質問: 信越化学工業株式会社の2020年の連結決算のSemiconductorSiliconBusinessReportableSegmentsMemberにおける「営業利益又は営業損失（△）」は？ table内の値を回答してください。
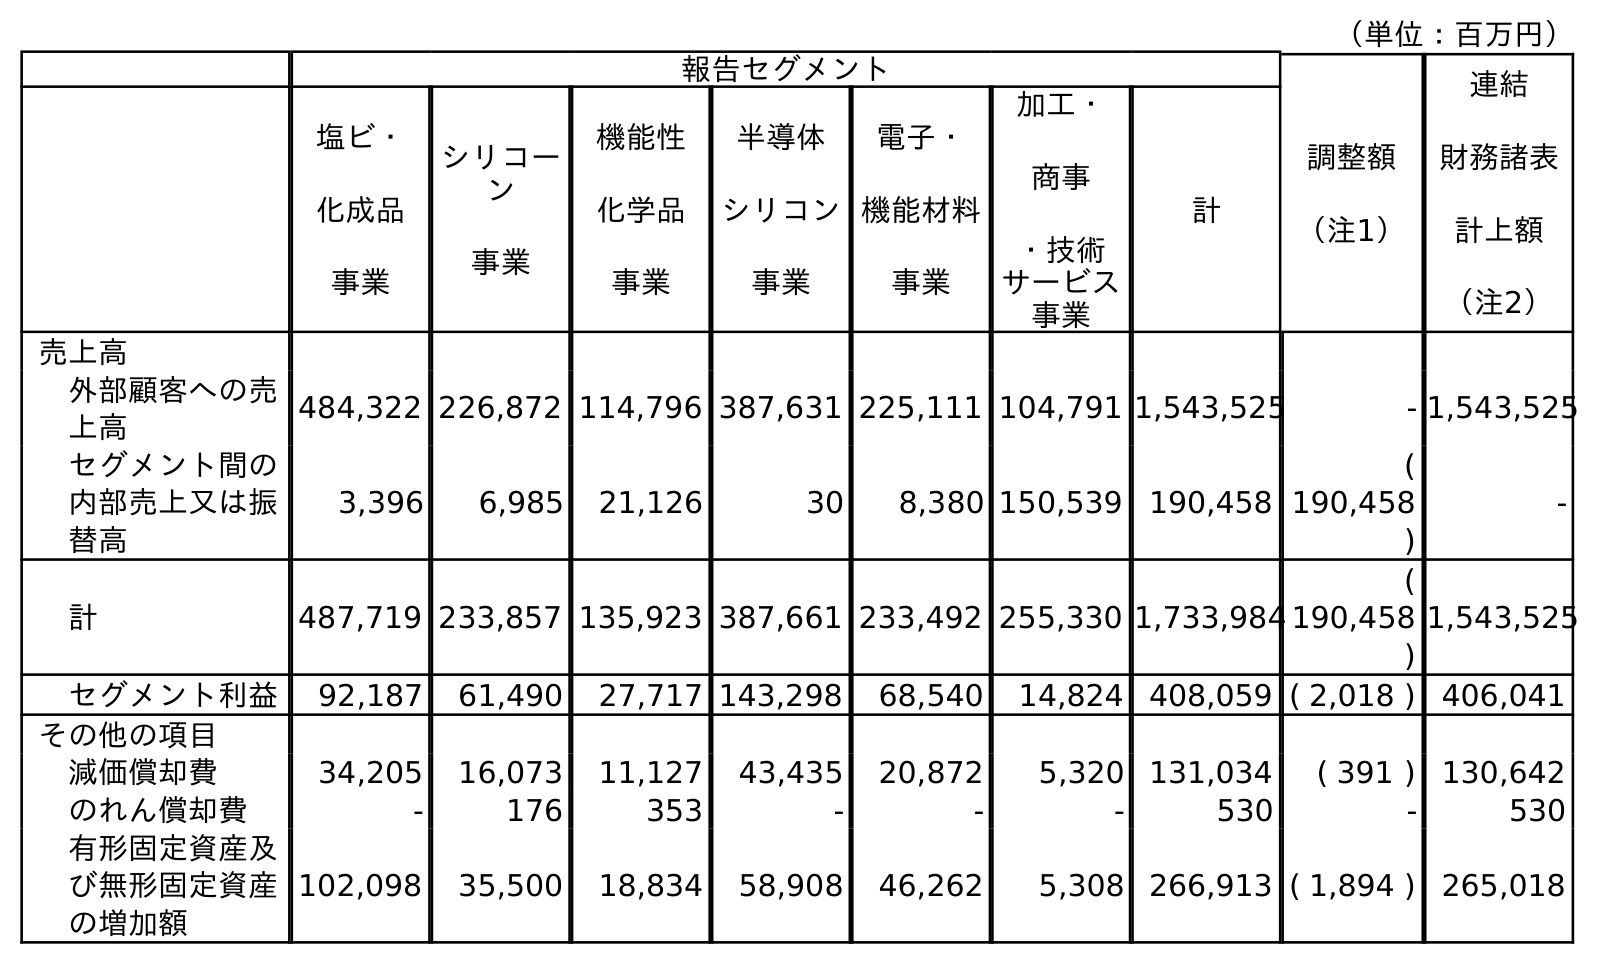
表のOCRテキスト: （単位：百万円） 報告セグメント 調整額 （注1） 連結 財務諸表 計上額 （注2） 塩ビ・ 化成品 事業 シリコー ン 事業 機能性 化学品 事業 半導体 シリコン 事業 電子・ 機能材料 事業 加工・ 商事 ・技術 サービス 事業 計 売上高 外部顧客への売 上高 484,322 226,872 114,796 387,631 225,111 104,791 1,543,525 - 1,543,525 セグメント間の 内部売上又は振 替高 3,396 6,985 21,126 30 8,380 150,539 190,458 ( 190,458 ) - 計 487,719 233,857 135,923 387,661 233,492 255,330 1,733,984 ( 190,458 ) 1,543,525 セグメント利益 92,187 61,490 27,717 143,298 68,540 14,824 408,059 ( 2,018 ) 406,041 その他の項目 減価償却費 34,205 16,073 11,127 43,435 20,872 5,320 131,034 ( 391 ) 130,642 のれん償却費 - 176 353 - - - 530 - 530 有形固定資産及 び無形固定資産 の増加額 102,098 35,500 18,834 58,908 46,262 5,308 266,913 ( 1,894 ) 265,018
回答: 143,298